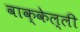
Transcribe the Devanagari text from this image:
वाक्केल्ली